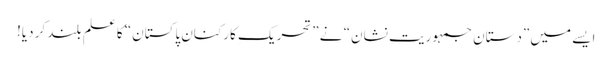
ایسے میں ”دستانِ جمہوریت نشان“ نے ”تحریکِ کارکنانِ پاکستان“ کا علم بلند کر دیا!